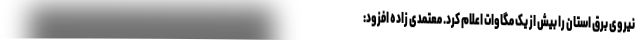
نیروی برق استان را بیش از یک مگاوات اعلام کرد. معتمدی زاده افزود: